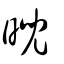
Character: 晲